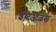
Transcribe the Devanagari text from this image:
शब्दओळख